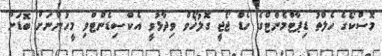
މޮސްކޯގެ ހެލްތު ޑިޕާޓްމެންޓްގެ ހެޑް ޖޯޖީ ގޮލުޚޯވް ވިދާޅުވީ އެކްސިޑެންޓްވި މީހުންނަށް ބޮޑަށް